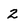
Character: 2